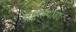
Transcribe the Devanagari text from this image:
वाहल्यावर